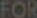
FOR